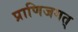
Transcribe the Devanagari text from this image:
प्राणिजगत्